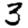
Digit: 3